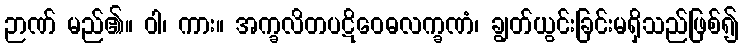
ဉာဏ် မည်၏။ ဝါ၊ ကား။ အက္ခလိတပဋိဝေဓလက္ခဏံ၊ ချွတ်ယွင်းခြင်းမရှိသည်ဖြစ်၍